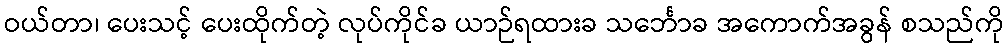
ဝယ်တာ၊ ပေးသင့် ပေးထိုက်တဲ့ လုပ်ကိုင်ခ ယာဉ်ရထားခ သင်္ဘောခ အကောက်အခွန် စသည်ကို